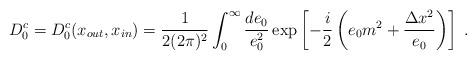
LaTeX: \begin{align*}D_{0}^{c}=D_{0}^{c}( x_{out},x_{in}) =\frac {1}{2( 2\pi )^{2}}\int_{0}^{\infty} \frac{de_0}{e_0^2}\exp \left[-\frac {i}{2}\left( e_0m^2+\frac{\Delta x^2}{e_0} \right) \right]\;.\end{align*}